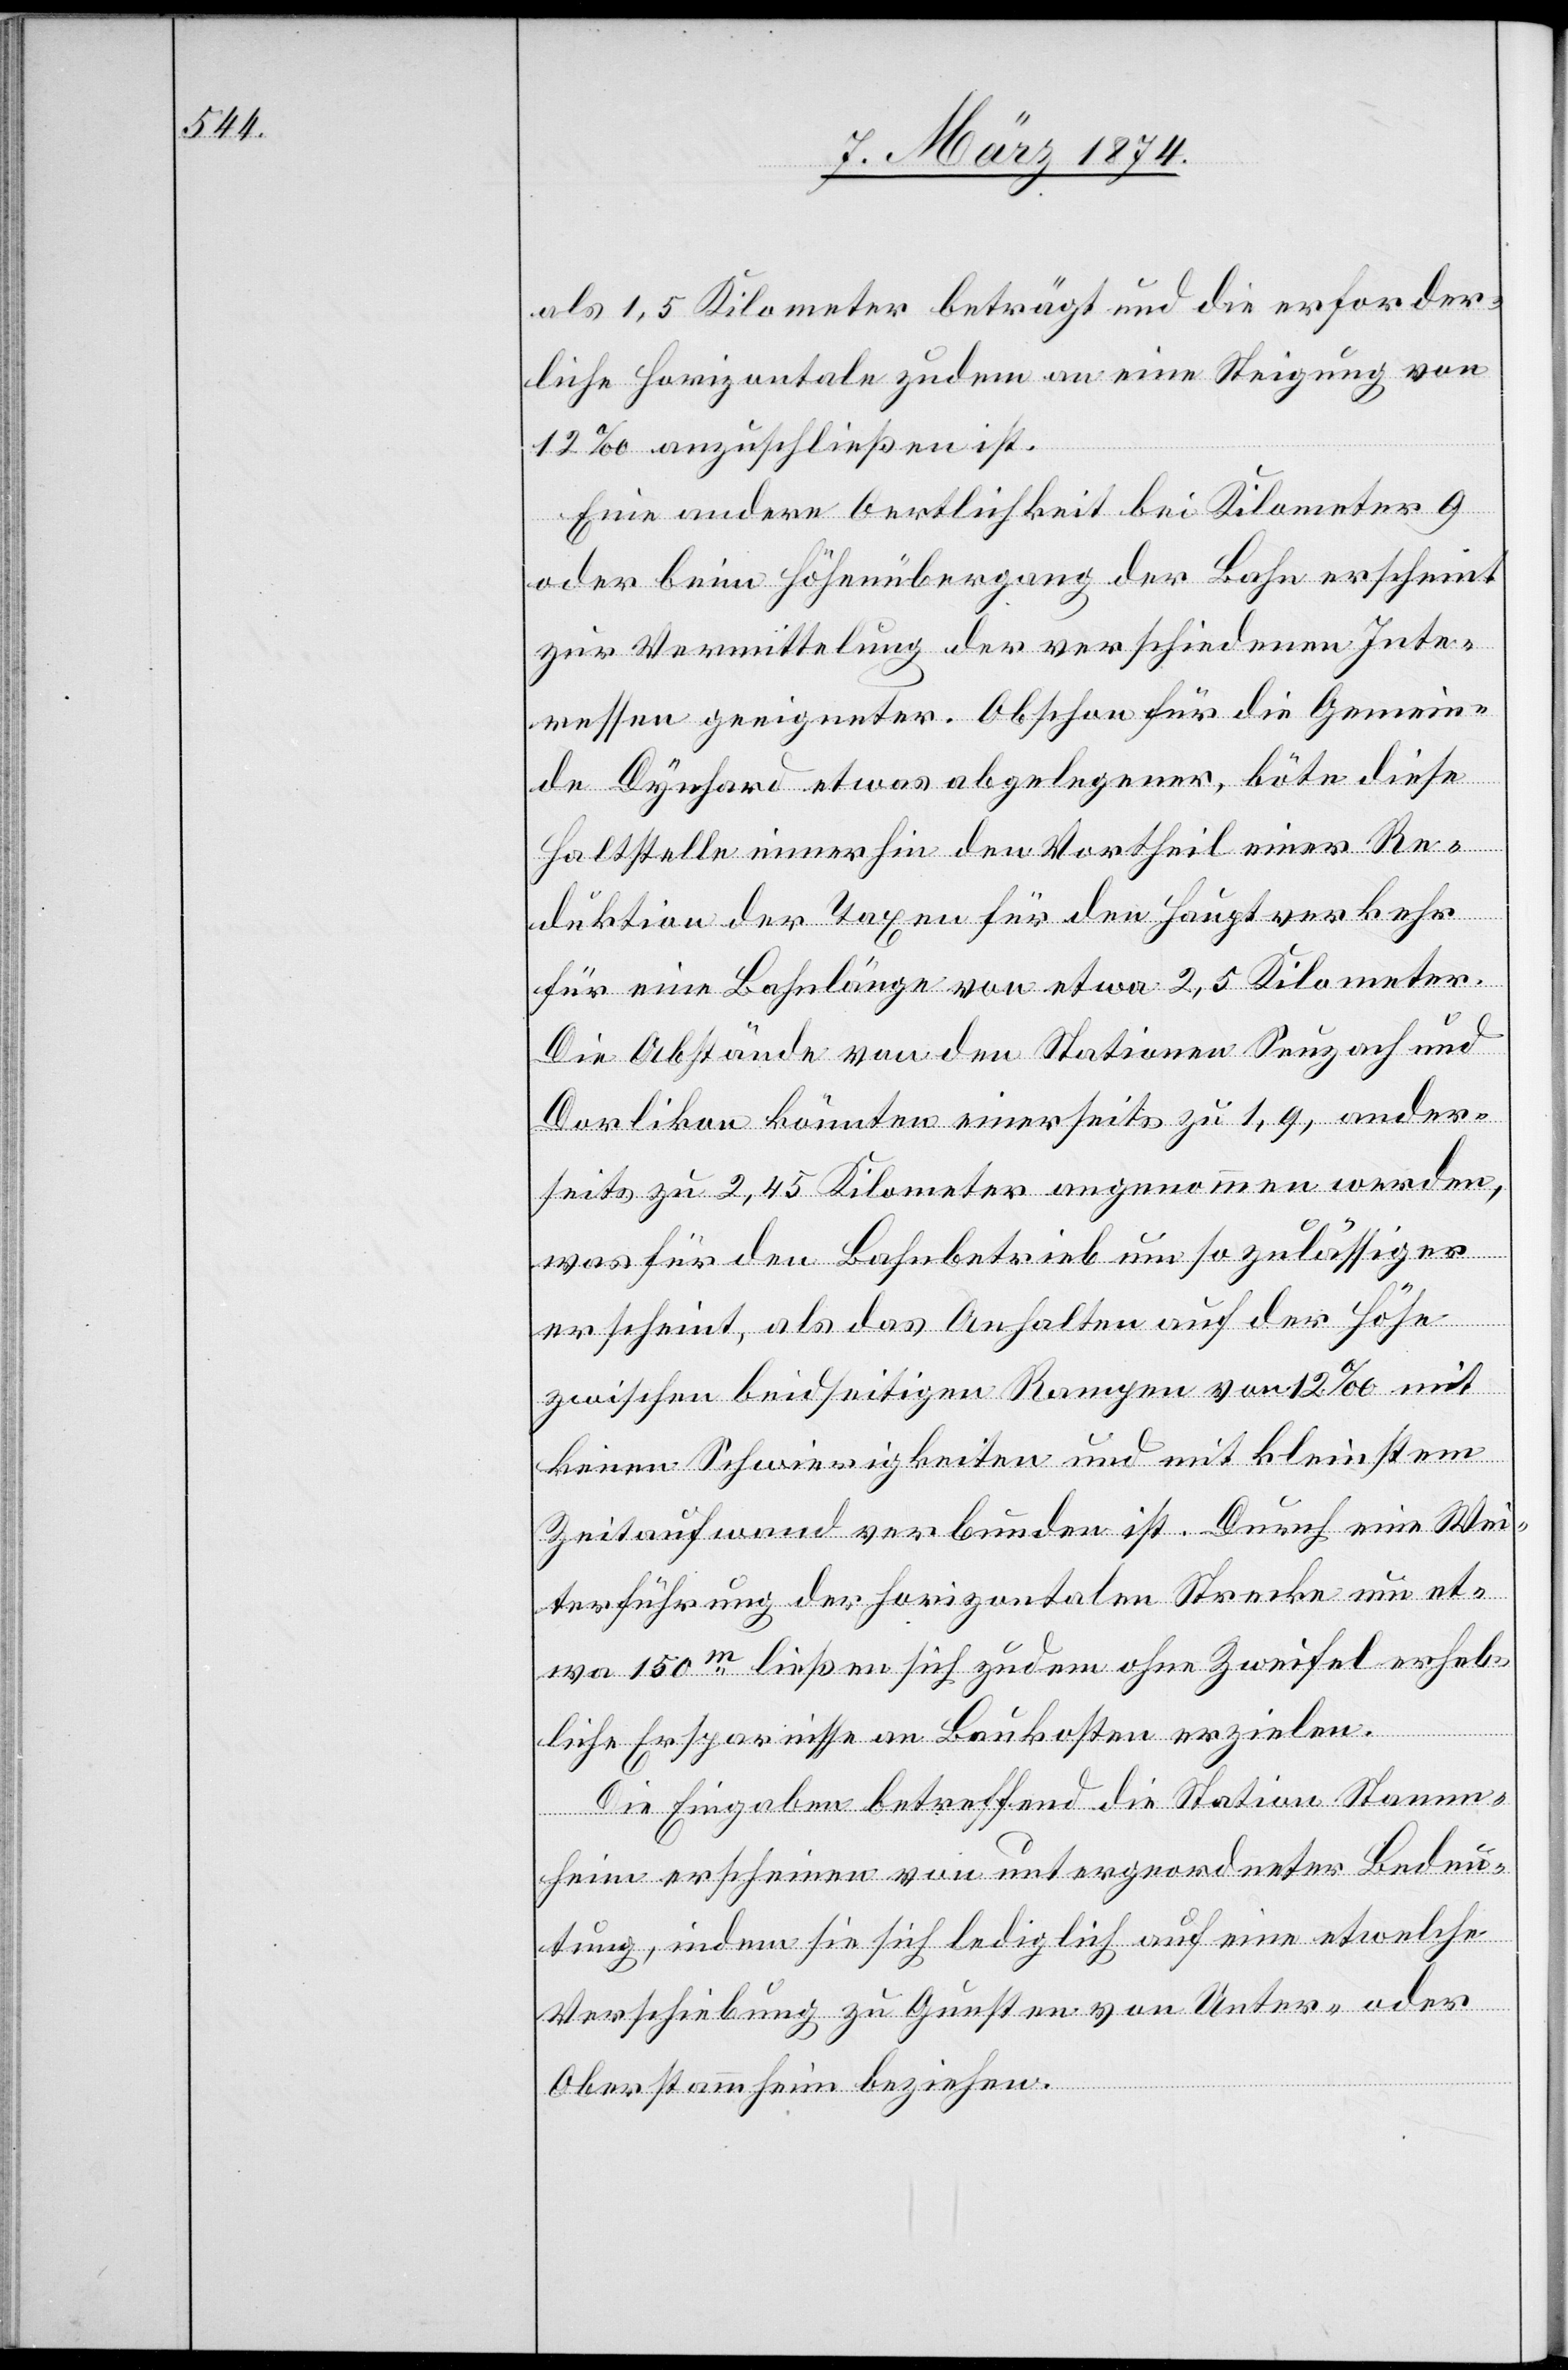
als 1,5 Kilometer beträgt und die erforder¬
liche Horizontale zudem an eine Steigung von
12‰ anzuschließen ist.
Eine andere Oertlichkeit bei Kilometer 9
oder beim Höhenübergang der Bahn erscheint
zur Vermittelung der verschiedenen Inte¬
ressen geeigneter. Obschon für die Gemein¬
de Dynhard etwas abgelegener, böte diese
Haltstelle immerhin den Vortheil einer Re¬
duktion der Taxen für den Hauptverkehr
für eine Bahnlänge von etwa 2,5 Kilometer.
Die Abstände von den Stationen Seuzach und
Dorlikon könnten einerseits zu 1,9, andern¬
seits zu 2,45 Kilometer angenommen werden,
was für den Bahnbetrieb um so zulässiger
erscheint, als das Anhalten auf der Höhe
zwischen beidseitigen Rampen von 12‰ mit
keinen Schwierigkeiten und mit kleinstem
Zeitaufwand verbunden ist. Durch eine Wei¬
terführung der horizontalen Strecke um et¬
wa 150m ließen sich zudem ohne Zweifel erheb¬
liche Ersparnisse an Baukosten erzielen.
Die Eingaben betreffend die Station Stamm¬
heim erscheinen von untergeordneter Bedeu¬
tung, indem sie sich lediglich auf eine etwelche
Verschiebung zu Gunsten von Unter- oder
Oberstammheim beziehen.